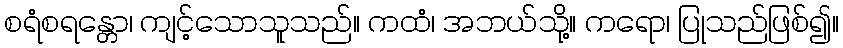
စရံစရန္တော၊ ကျင့်သောသူသည်။ ကထံ၊ အဘယ်သို့။ ကရော၊ ပြုသည်ဖြစ်၍။